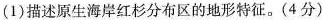
(1)描述原生海岸红杉分布区的地形特征。(4分)